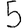
Digit: 5